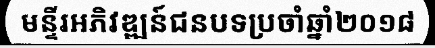
មន្ទីរអភិវឌ្ឍន៍ជនបទប្រចាំឆ្នាំ២០១៨